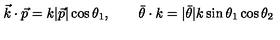
\vec { k } \cdot \vec { p } = k | \vec { p } | \cos \theta _ { 1 } , \qquad \bar { \theta } \cdot k = | \bar { \theta } | k \sin \theta _ { 1 } \cos \theta _ { 2 }